Investigations into the jail dietaries of the United Provinces with some observations on the influence of dietary on the physical development and well-being of the people of the United Provinces - Number 48
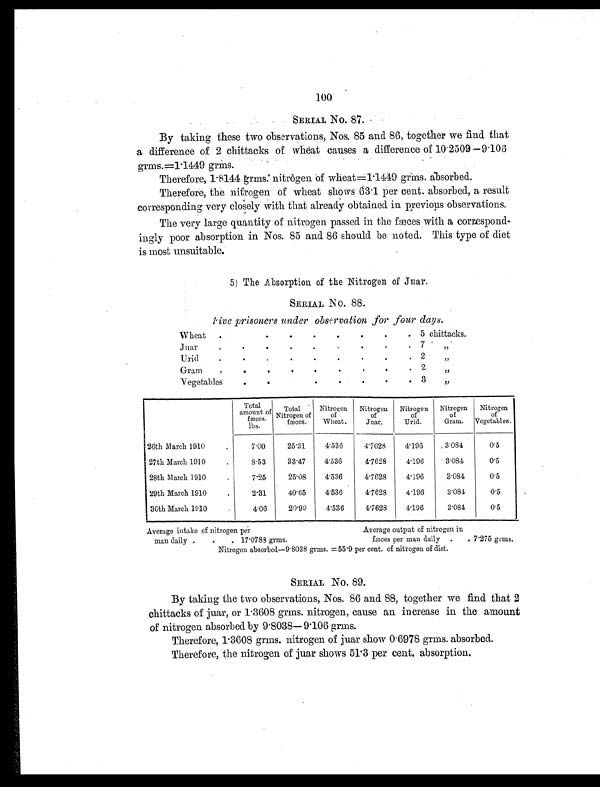
100
SERIAL No. 87.
By taking these two observations, Nos. 85 and 86, together we find that
a difference of 2 chittacks of wheat causes a difference of 10.2509—9.106
grms.=1.1449 grms.
Therefore, 1.8144 grms. nitrogen of wheat=1.1449 grms. absorbed.
Therefore, the nitrogen of wheat shows 63.1 per cent. absorbed, a result
corresponding very closely with that already obtained in previous observations.
The very large quantity of nitrogen passed in the fæces with a correspond-
ingly poor absorption in Nos. 85 and 86 should be noted. This type of diet
is most unsuitable.
5) The Absorption of the Nitrogen of Juar.
SERIAL No. 88.
Five prisoners under observation for four days.
Wheat .
.
.
. .
.
.
. 5 chittacks.
Juar
.
.
.
.
.
.
.
.
. 7
„
Urid
.
.
.
.
.
.
.
.
. 2
„
Gram
.
.
.
.
.
.
. .
. 2
„
Vegetables
.
.
.
.
.
. . 3
„
Total
amount of
fæces.
lbs.
Total
Nitrogen of
fæces.
Nitrogen
of
Wheat.
Nitrogen
of
Juar.
Nitrogen
of
Urid.
Nitrogen
of
Gram.
Nitrogen
of
Vegetables.
26th March 1910
.
7.00
25.31
4.536
4.7628
4.196
3.084
0.5
27th March 1910
.
8.53
33.47
4.536
4.7628
4.196
3.084
0.5
28th March 1910
.
7.25
25.08
4.536
4.7628
4.196
3.084
0.5
29th March 1910
.
2.31
40.65
4.536
4.7628
4.196
3.084
0.5
30th March 1910
.
4.06
20.99
4.536
4.7628
4.196
3.084
0.5
Av e r a g e i n t a k e o f n i t r o g e n p e r
Average output of nitrogen in
man daily .
.
. 17.0788 grms.
fæces per man daily . . 7.275 grms.
Nitrogen absorbed—9.8038 grms. =55.9 per cent. of nitrogen of diet.
SERIAL No. 89.
By taking the two observations, Nos. 86 and 88, together we find that 2
chittacks of juar, or 1.3608 grms. nitrogen, cause an increase in the amount
of nitrogen absorbed by 9.8038—9.106 grms.
Therefore, 1.3608 grms. nitrogen of juar show 0.6978 grms. absorbed.
Therefore, the nitrogen of juar shows 51.3 per cent. absorption.